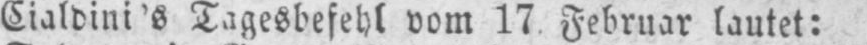
Cialdini’s Tagesbefehl vom 17 Februar lautet: